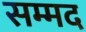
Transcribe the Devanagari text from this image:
सम्मद